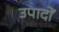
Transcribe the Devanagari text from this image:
उपादों